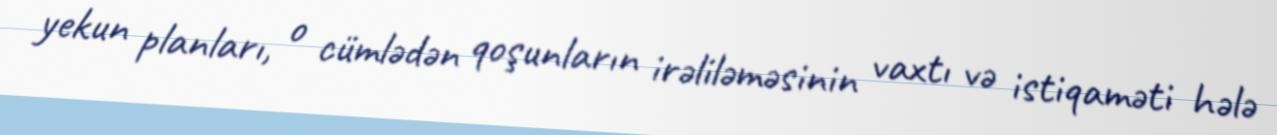
yekun planları, o cümlədən qoşunların irəliləməsinin vaxtı və istiqaməti hələ